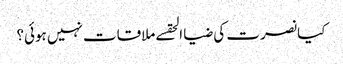
کیا نصرت کی ضیا الحقسے ملاقات نہیں ہوئی؟